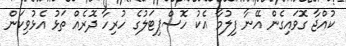
ކުއްޖާ ގޮވައިގެން އޭނާ ފިލުމާ އެކު ހޮސްޕިޓަލުގެ ހުރިހާ ދޮރެއް ތަޅު އެޅުުވިކަން